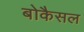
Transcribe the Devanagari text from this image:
बोकैसल